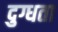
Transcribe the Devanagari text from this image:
दुग्धता